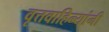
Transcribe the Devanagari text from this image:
वृत्तवाहिन्यांनी